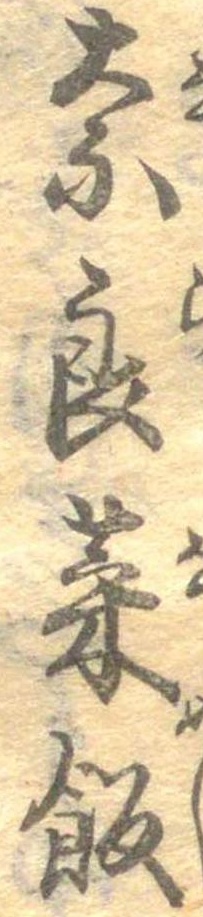
奈良菜飯